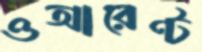
ওআরেণ্ট